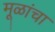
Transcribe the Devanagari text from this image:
मूळांचा